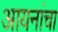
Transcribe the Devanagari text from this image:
आयनांचा